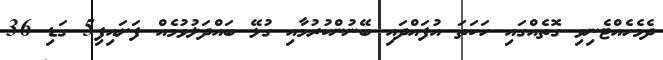
ދެމެހެއްޓެނިވި ގޮތެއްގައި ހަކަތަ އުފައްދައި ބޭނުންކުރުމާއި ގުޅޭ ބައްދަލުވުމެއް ފަށައިފި5 ގަޑި 36